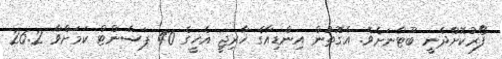
ފޯރުކޮށްދެނީ ބޫޓާނަށެވެ. އެގޮތުން އިންޑިއާގެ ޚާރިޖީ އެހީގެ 40 ޕަސެންޓް ކަމަށްވާ 26.2